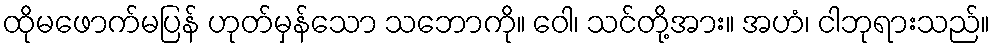
ထိုမဖောက်မပြန် ဟုတ်မှန်သော သဘောကို။ ဝေါ၊ သင်တို့အား။ အဟံ၊ ငါဘုရားသည်။